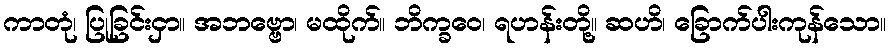
ကာတုံ၊ ပြုခြင်းငှာ။ အဘဗ္ဗော၊ မထိုက်။ ဘိက္ခဝေ၊ ရဟန်းတို့။ ဆဟိ၊ ခြောက်ပါးကုန်သော။